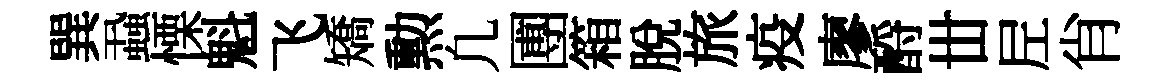
巽蝨慄魁飞矯勲凢圑箱脫旅疫廖酹丗𡰱肖